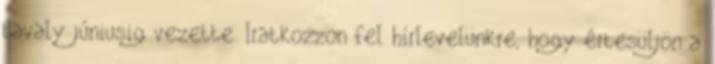
tavaly júniusig vezette. Iratkozzon fel hírlevelünkre, hogy értesüljön a